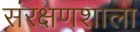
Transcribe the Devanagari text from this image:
संरक्षणशाला